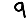
Digit: 9